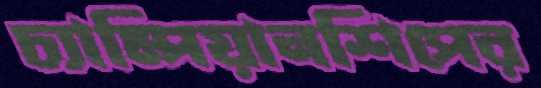
চ্যাম্পিয়ানশিপের